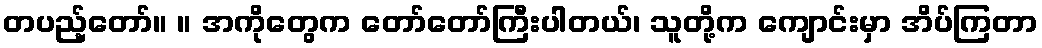
တပည့်တော်။ ။ အကိုတွေက တော်တော်ကြီးပါတယ်၊ သူတို့က ကျောင်းမှာ အိပ်ကြတာ